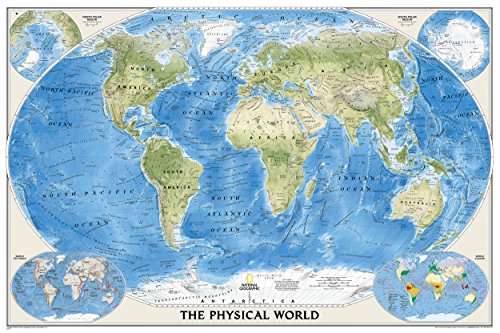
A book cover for World Physical [Laminated] (National Geographic Reference Map); National Geographic Maps - Reference; Reference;